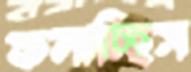
ফলাচ্ছিস